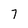
Character: 7